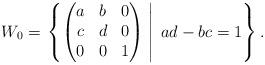
LaTeX: \begin{align*}W_0 = \left. \left\{ \begin{pmatrix} a & b & 0 \\ c & d & 0 \\0 & 0 & 1 \end{pmatrix}\;\right| \;ad-bc =1 \right\}.\end{align*}